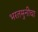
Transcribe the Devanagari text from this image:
भरतमुनीचा